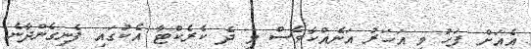
އެއަށް ފަހު މި އަހަރު އަނެއްކާވެސް މި ދެ ކެރެކްޓާ އެކުގައި ފެނިގެންދާނެ